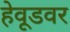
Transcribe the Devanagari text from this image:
हेवूडवर